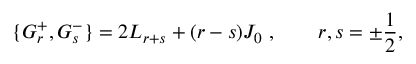
\{ G _ { r } ^ { + } , G _ { s } ^ { - } \} = 2 L _ { r + s } + ( r - s ) J _ { 0 } ~ , \qquad r , s = \pm \frac 1 2 ,